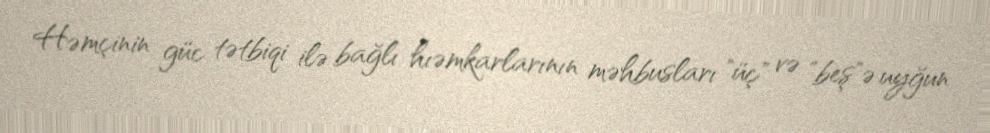
Həmçinin güc tətbiqi ilə bağlı hıəmkarlarının məhbusları "üç" və "beş"ə uyğun